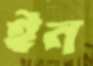
ইন